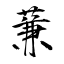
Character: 蒹